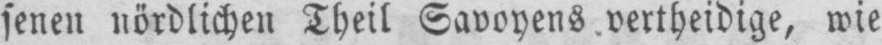
senen nördlichen Theil Savoyens, vertheidige, wie